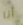
أنا